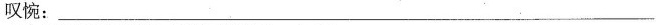
叹惋：_____________________________________________________________